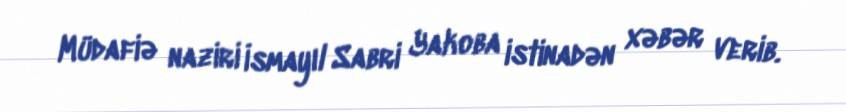
Müdafiə naziri İsmayıl Sabri Yakoba istinadən xəbər verib.